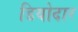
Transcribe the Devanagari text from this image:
डियोदार